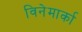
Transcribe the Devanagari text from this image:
विनेमार्का